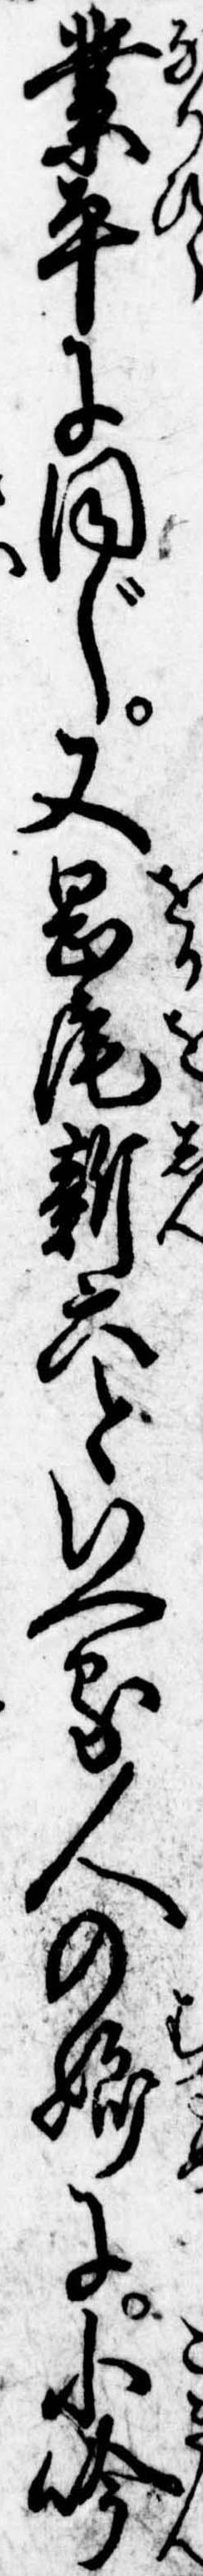
業平に同じ又岡尾新六といへる人の娘に小吟